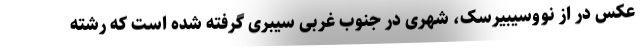
عکس در از نووسیبیرسک، شهری در جنوب غربی سیبری گرفته شده است که رشته